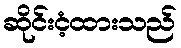
ဆိုင်းငံ့ထားသည်